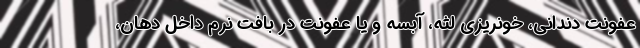
عفونت دندانی، خونریزی لثه، آبسه و یا عفونت در بافت نرم داخل دهان،